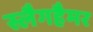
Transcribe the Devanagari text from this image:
स्लैगहैमर